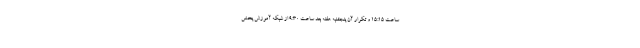
ساعت ۱۵:۱۵ و تکرار آن پنجشنبه هفته بعد ساعت ۹:۳۰ از شبکه آموزش پخش